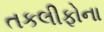
તકલીફોના